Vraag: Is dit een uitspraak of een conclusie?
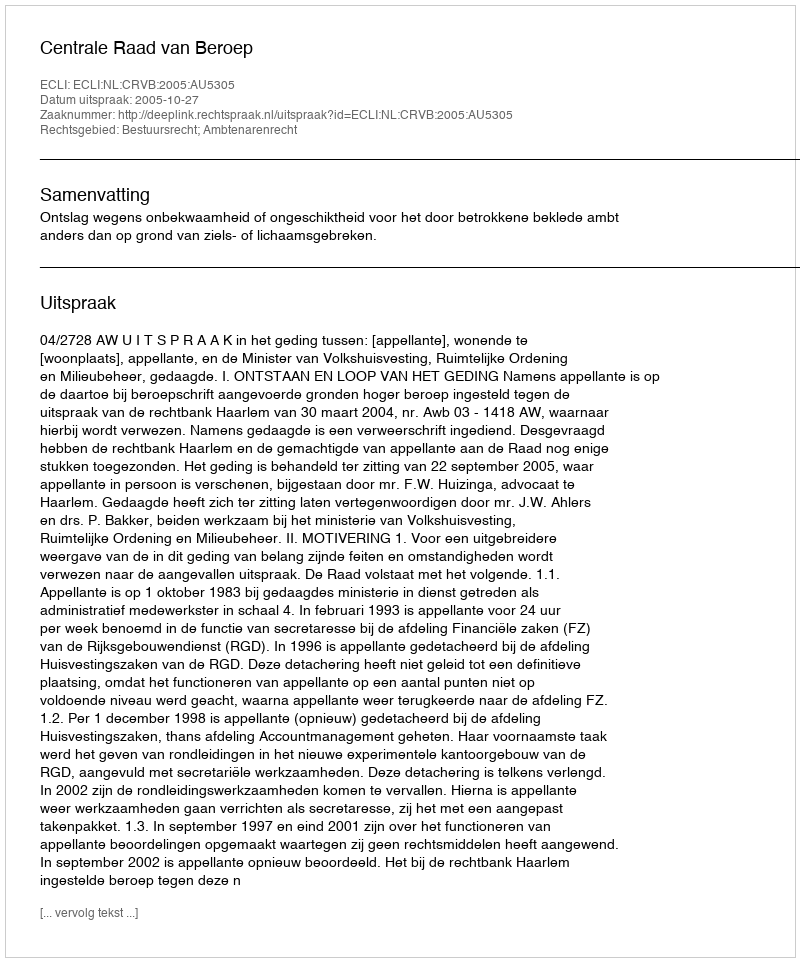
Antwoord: Uitspraak